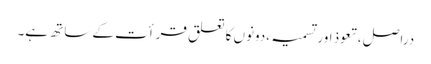
دراصل ،تعوذ اور تسمیہ ،دونوں کا تعلق قرأت کے ساتھ ہے۔